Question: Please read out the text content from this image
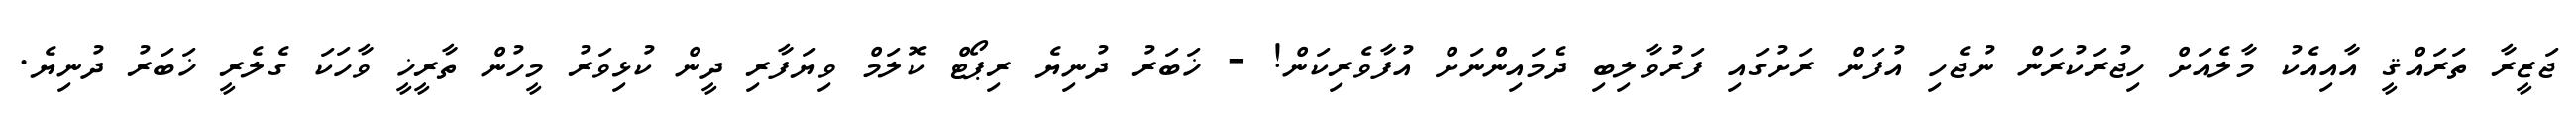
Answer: ޖަޒީރާ ތަރައްޤީ އާއިއެކު މާލެއަށް ހިޖުރަކުރަން ނުޖެހި އުފަން ރަށުގައި ފަރުވާލިބި ދެމައިންނަށް އުފާވެރިކަން! - ޚަބަރު ދުނިޔެ ރިޕޯޓް ކޮލަމް ވިޔަފާރި ދީން ކުޅިވަރު މީހުން ތާރީޚީ ވާހަކަ ގެލެރީ ޚަބަރު ދުނިޔެ.